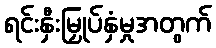
ရင်းနှီးမြှုပ်နှံမှုအတွက်